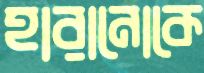
হারানোকে